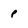
Character: p